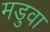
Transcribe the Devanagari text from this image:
मडुवा